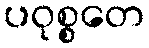
ပဝုစ္စတေ